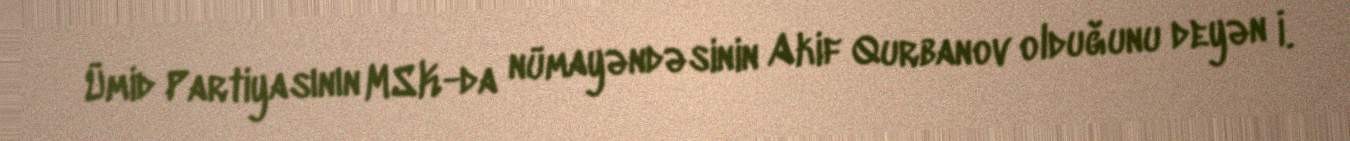
Ümid Partiyasının MSK-da nümayəndəsinin Akif Qurbanov olduğunu deyən İ.